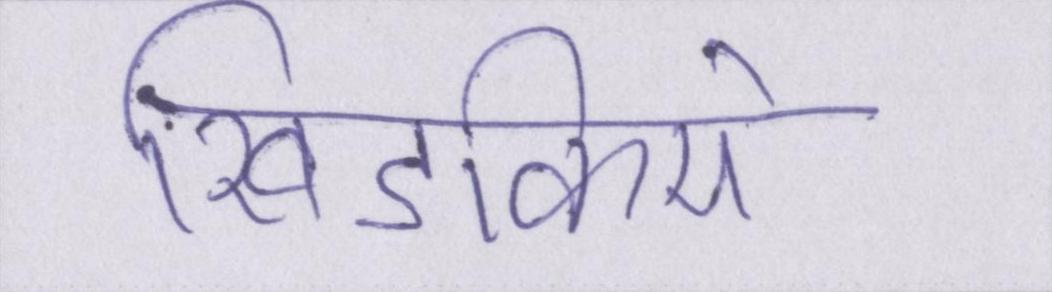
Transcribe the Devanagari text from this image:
खिडकियों